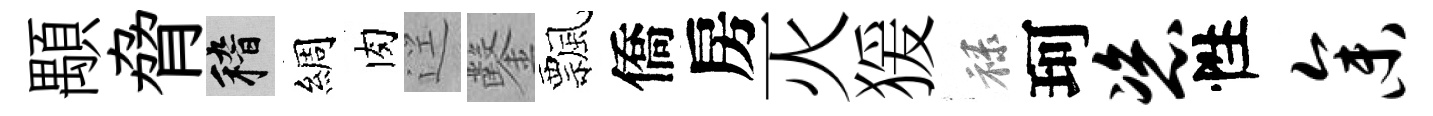
顒脅稽綢肉逕鑿飄僑房灭猨禄珂恣性参